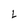
Character: L